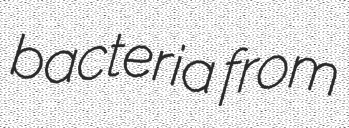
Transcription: bacteria from